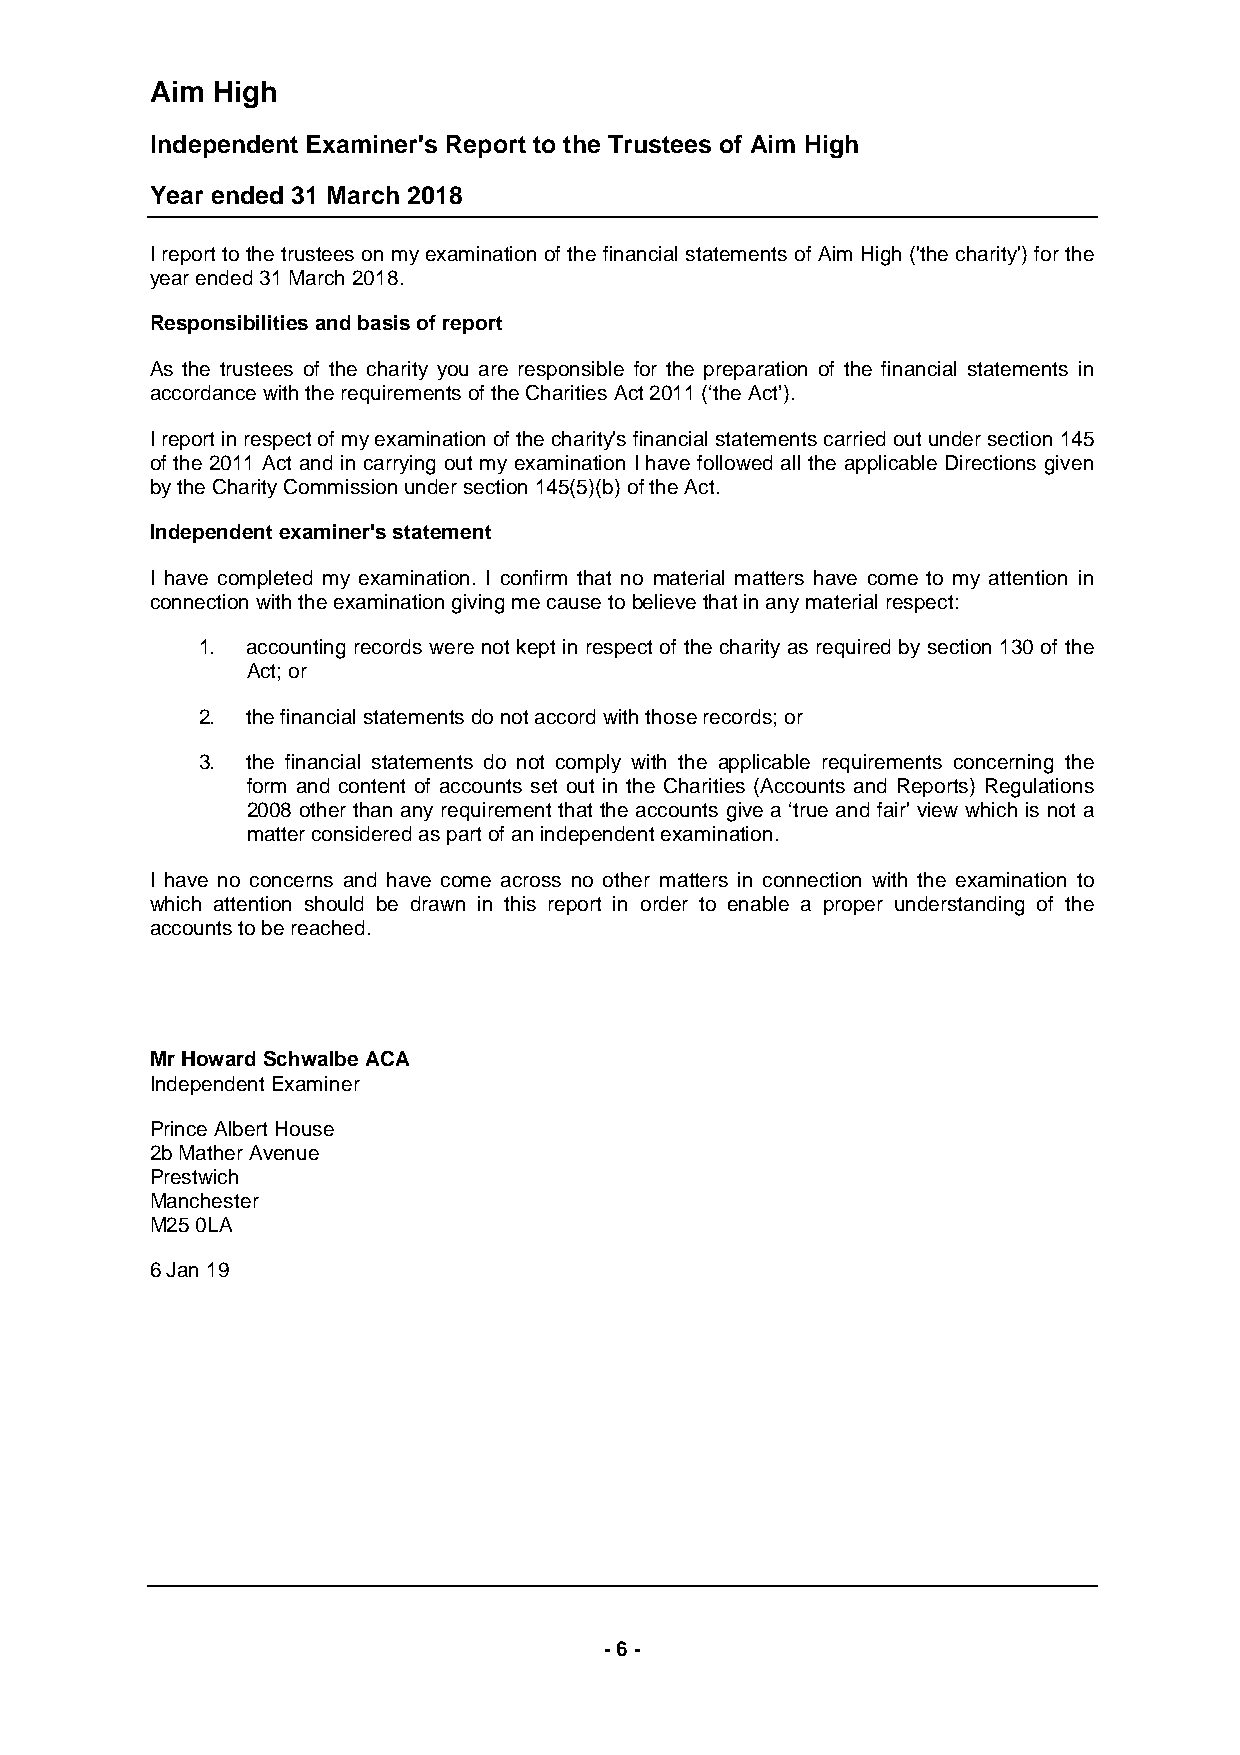
Aim High
 Independent Examiner's Report to the Trustees of Aim High
 Year ended 31 March 2018
 I report to the trustees on my examination of the financial statements of Aim High ('the charity') for the
 year ended 31 March 2018.
 Responsibilities and basis of report
 As the trustees of the charity you are responsible for the preparation of the financial statements in
 accordance with the requirements of the Charities Act 2011 (‘the Act’).
 I report in respect of my examination of the charity's financial statements carried out under section 145
 of the 2011 Act and in carrying out my examination I have followed all the applicable Directions given
 by the Charity Commission under section 145(5)(b) of the Act.
 Independent examiner's statement
 I have completed my examination. I confirm that no material matters have come to my attention in
 connection with the examination giving me cause to believe that in any material respect:
 1. accounting records were not kept in respect of the charity as required by section 130 of the
 Act; or
 2. the financial statements do not accord with those records; or
 3. the financial statements do not comply with the applicable requirements concerning the
 form and content of accounts set out in the Charities (Accounts and Reports) Regulations
 2008 other than any requirement that the accounts give a ‘true and fair' view which is not a
 matter considered as part of an independent examination.
 I have no concerns and have come across no other matters in connection with the examination to
 which attention should be drawn in this report in order to enable a proper understanding of the
 accounts to be reached.
 Mr Howard Schwalbe ACA
 Independent Examiner
 Prince Albert House
 2b Mather Avenue
 Prestwich
 Manchester
 M25 0LA
 6 Jan 19
 - 6 -